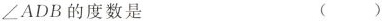
\angle ADB的度数是 ()